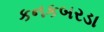
કનકબરડા